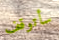
سأتوقف